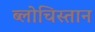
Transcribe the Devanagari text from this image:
ब्लोचिस्तान